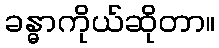
ခန္ဓာကိုယ်ဆိုတာ။